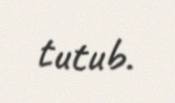
tutub.